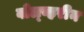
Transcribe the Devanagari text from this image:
वोल्व्हरीन